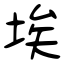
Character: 埃